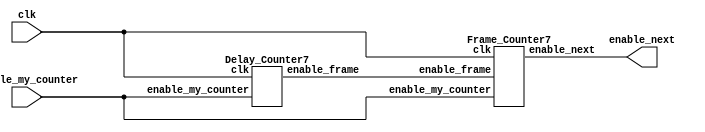

module counter_point125sec(input clk, input enable_my_counter, output enable_next);
		
		wire enable_frame;
		Delay_Counter7 d0(clk, enable_my_counter, enable_frame);
		Frame_Counter7 f0(clk, enable_my_counter, enable_frame, enable_next);
		
endmodule

module Delay_Counter7(input clk, input enable_my_counter, output reg enable_frame);
		reg [19:0] delay_counter = 20'b0;
		always @(posedge clk) begin
			if (enable_my_counter) begin
				if (delay_counter == 20'd833334) begin  //11001011011100110110 8333334  //11001011011100110101 8333333
					delay_counter <= 20'b0;
					enable_frame <= 1;
				end
			
				else begin
					delay_counter <= delay_counter + 1'b1;
					enable_frame <= 0;
				end
			end
			
			else begin
				delay_counter <= 20'b0;
				enable_frame <= 0;
			end
			
		end
		
endmodule

module Frame_Counter7(input clk, input enable_my_counter, input enable_frame, output reg enable_next);
		reg [4:0] frame_counter = 5'b0;
		always @(posedge clk) begin
			if (enable_my_counter) begin
				if (frame_counter == 5'd8) begin
					enable_next <= 1;
					frame_counter <= 5'b0;
				end	
				
				else if (enable_frame) begin
					frame_counter <= frame_counter + 1'b1;
					enable_next <= 0;
				end
			end
			
			else begin
				frame_counter <= 5'b0;
				enable_next <= 0;
			end
			
		end
endmodule